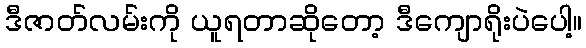
ဒီဇာတ်လမ်းကို ယူရတာဆိုတော့ ဒီကျောရိုးပဲပေါ့။